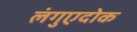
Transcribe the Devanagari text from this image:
लंगुएदोक